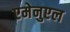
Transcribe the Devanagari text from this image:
एमेनुएल